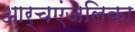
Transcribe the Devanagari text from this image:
आर्चएंजेलिका